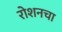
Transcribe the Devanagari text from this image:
रोशनचा